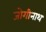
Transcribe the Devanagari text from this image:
जोगीनाथ